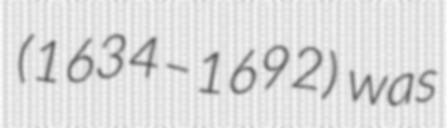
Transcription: (1634–1692) was